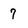
Character: 7